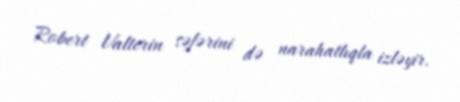
Robert Valterin səfərini də narahatlıqla izləyir.